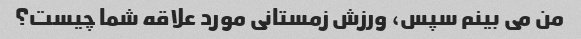
من می بینم سپس، ورزش زمستانی مورد علاقه شما چیست؟